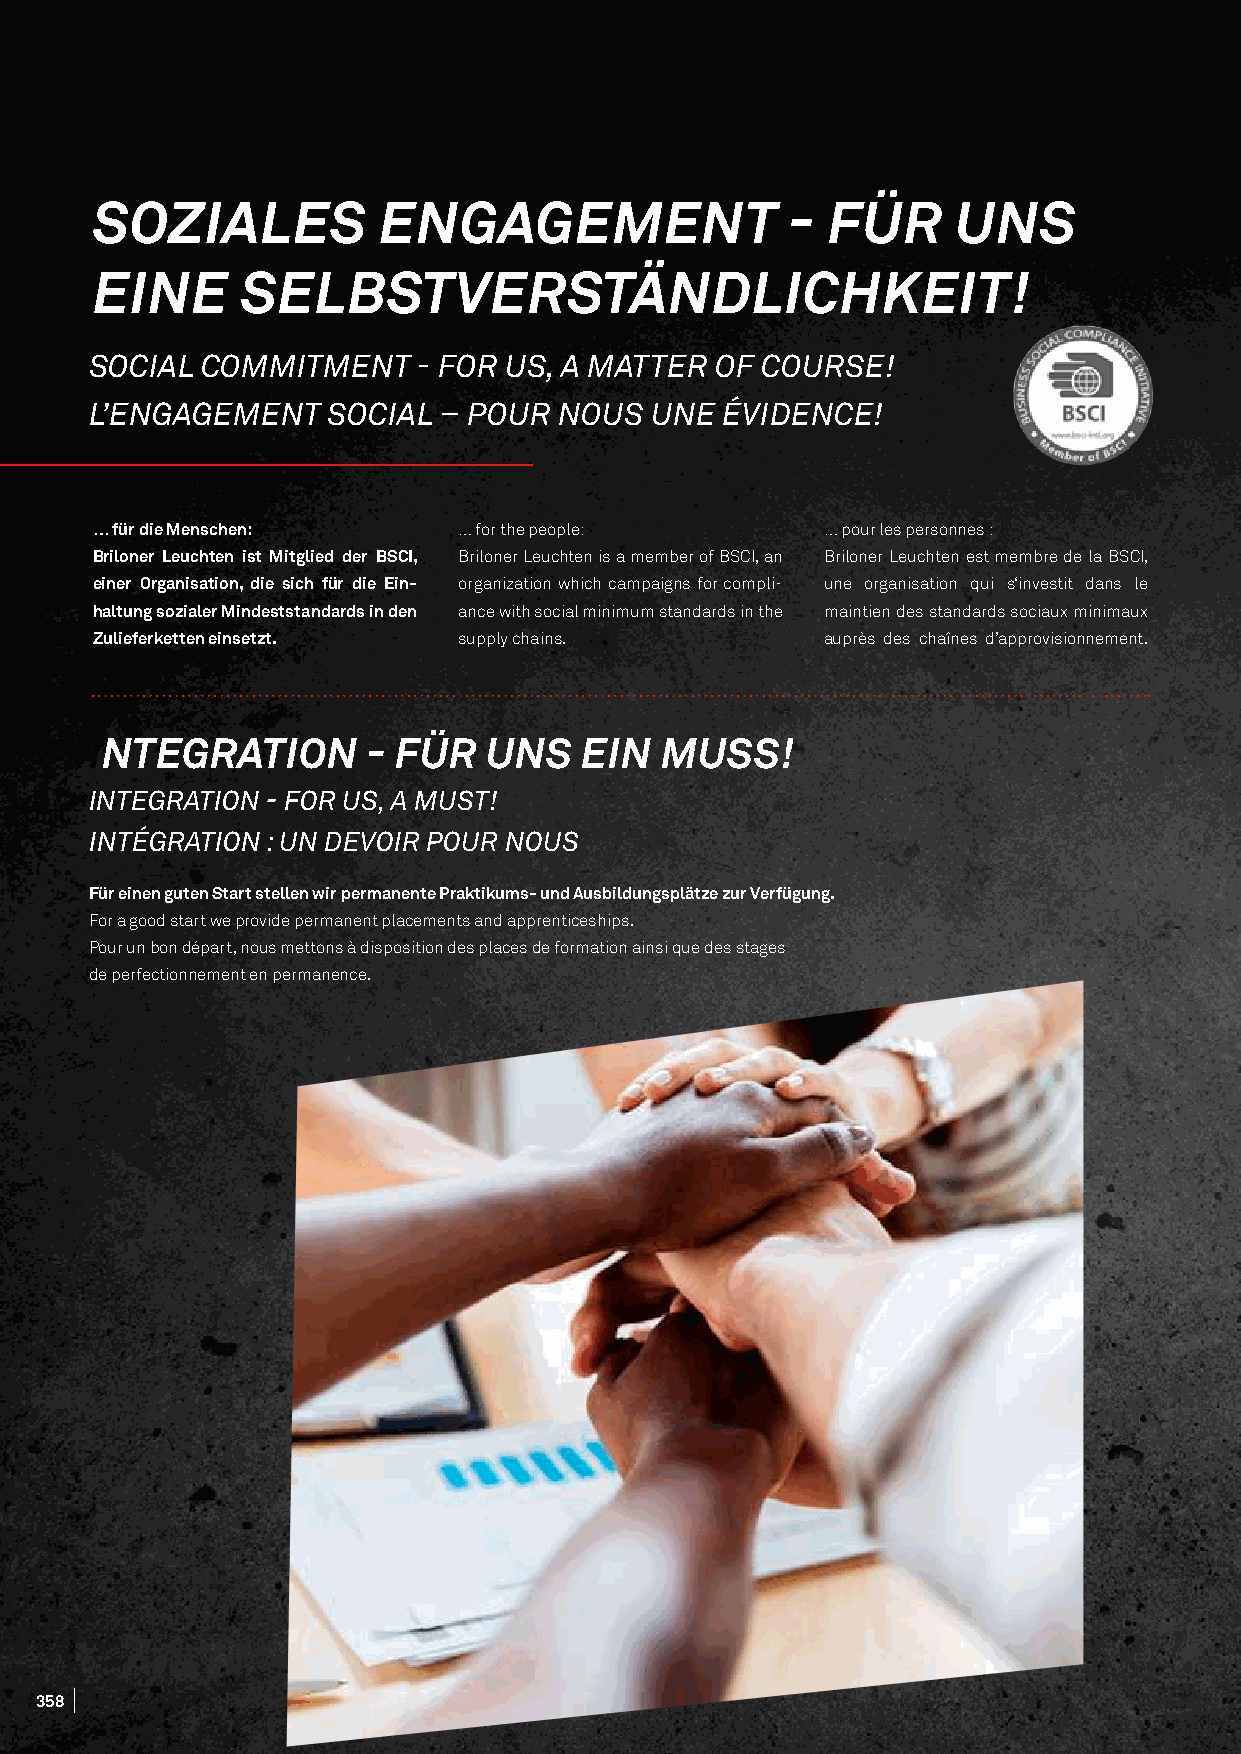
SOZIALES           ENGAGEMENT                 -  FÜR     UNS
 EINE      SELBSTVERSTÄNDLICHKEIT!
 SOCIAL COMMITMENT     - FOR US, A MATTER OF COURSE!
 L’ENGAGEMENT    SOCIAL – POUR  NOUS  UNE  ÉVIDENCE!
 … für die Menschen:     … for the people:        … pour les personnes :
 Briloner Leuchten ist Mitglied der BSCI, Briloner Leuchten is a member of BSCI, an Briloner Leuchten est membre de la BSCI,
 einer Organisation, die sich für die Ein- organization which campaigns for compli- une organisation qui s‘investit dans le
 haltung sozialer Mindeststandards in den ance with social minimum standards in the maintien des standards sociaux minimaux
 Zulieferketten einsetzt. supply chains.          auprès des chaînes d’approvisionnement.
 INTEGRATION       - FÜR   UNS   EIN   MUSS!
 INTEGRATION - FOR US, A MUST!
 INTÉGRATION : UN DEVOIR POUR NOUS
 Für einen guten Start stellen wir permanente Praktikums- und Ausbildungsplätze zur Verfügung.
 For a good start we provide permanent placements and apprenticeships.
 Pour un bon départ, nous mettons à disposition des places de formation ainsi que des stages
 de perfectionnement en permanence.
 358